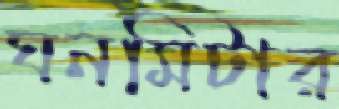
ঘনমিটার